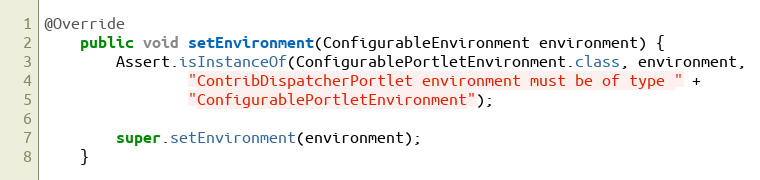
Language: Java
@Override
    public void setEnvironment(ConfigurableEnvironment environment) {
        Assert.isInstanceOf(ConfigurablePortletEnvironment.class, environment,
                "ContribDispatcherPortlet environment must be of type " +
                "ConfigurablePortletEnvironment");

        super.setEnvironment(environment);
    }